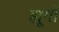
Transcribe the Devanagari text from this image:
ह्यूगों